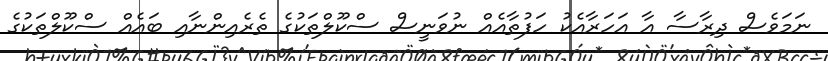
ނަމަވެސް ދިރާސާ އާ އަހަރާއެކު ހަފުތާއެއް ނުވަނީސް ސްކޫލްތަކުގެ ތެރެއިންނާއި ބައެއް ސްކޫލްތަކުގެ